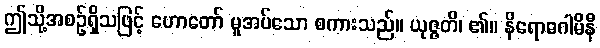
ဤသို့အစဉ်ရှိသဖြင့် ဟောတော် မူအပ်သော စကားသည်။ ယုဇ္ဇတိ၊ ၏။ နိရောဓဂါမိနီ